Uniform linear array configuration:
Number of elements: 4
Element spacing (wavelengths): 0.75
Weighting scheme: exponential
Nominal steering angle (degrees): -45
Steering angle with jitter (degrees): -43.98
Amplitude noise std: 0.05
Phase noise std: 0.05

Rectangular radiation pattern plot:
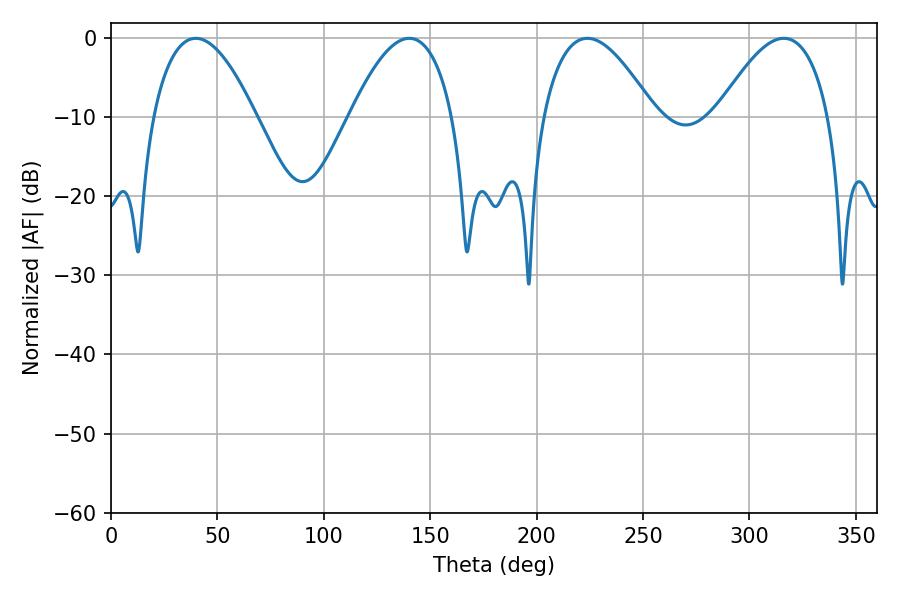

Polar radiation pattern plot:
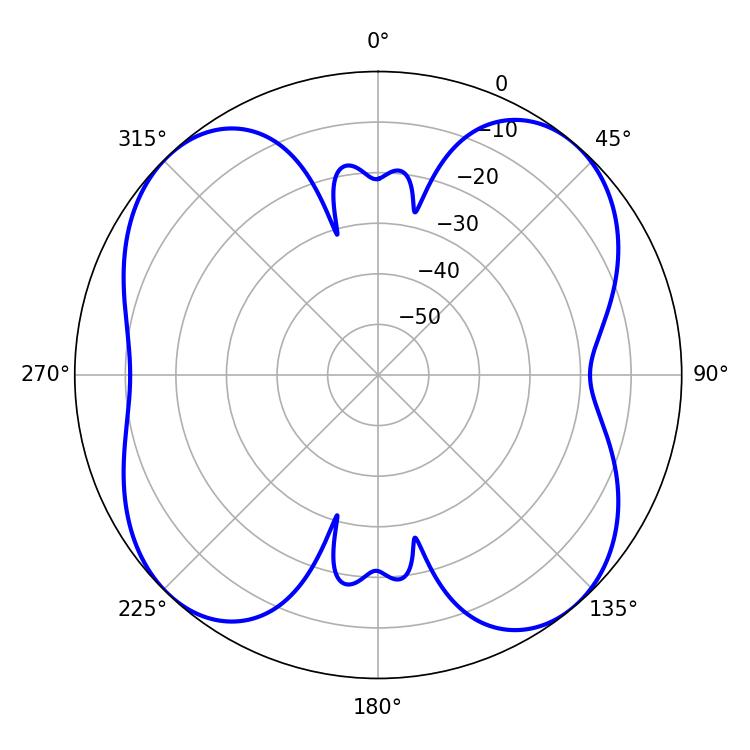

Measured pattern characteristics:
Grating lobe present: TRUE
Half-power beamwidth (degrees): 26.64
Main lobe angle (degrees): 39.78